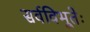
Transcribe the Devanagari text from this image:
सर्वविभूतेः